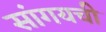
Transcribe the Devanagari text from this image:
सांगयची